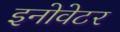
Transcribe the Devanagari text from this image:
इनोवेटर